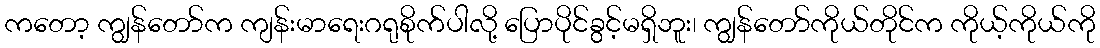
ကတော့ ကျွန်တော်က ကျန်းမာရေးဂရုစိုက်ပါလို့ ပြောပိုင်ခွင့်မရှိဘူး၊ ကျွန်တော်ကိုယ်တိုင်က ကိုယ့်ကိုယ်ကို